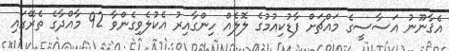
އެޤާނޫނު އަސާސީގެ މައްޗަށް ފާޑުކިއުމުގެ ލޮލެއް ހިންގާއިރު އެކުލެވިގެންވާ 92 މާއްދާގެ ތެރޭގައި